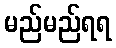
မည်မည်ရရ